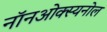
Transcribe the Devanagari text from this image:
नॉनओक्स्यनोल